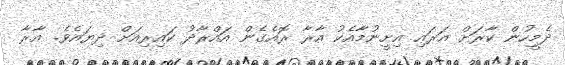
ދެމީހުން ކާރަށް އަރައި އިށީނުމާއެކު އާރާ ރޮއެގެން އައްރާދު ކައިރިއަށް ދިޔައެވެ. އާރާ